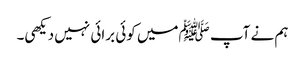
ہم نے آپ ﷺمیں کوئی برائی نہیں دیکھی۔